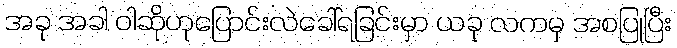
အခု အခါ ဝါဆိုဟုပြောင်းလဲခေါ်ရခြင်းမှာ ယခု လကမှ အစပြုပြီး